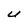
Character: U